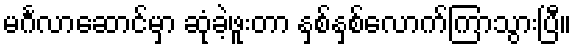
မင်္ဂလာဆောင်မှာ ဆုံခဲ့ဖူးတာ နှစ်နှစ်လောက်ကြာသွားပြီ။